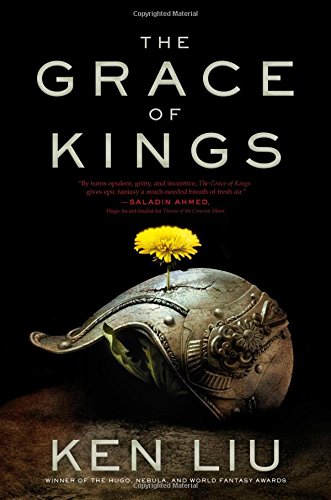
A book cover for The Grace of Kings (The Dandelion Dynasty); Ken Liu; Science Fiction & Fantasy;